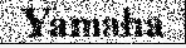
Yamaha